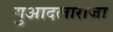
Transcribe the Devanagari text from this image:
गुआदलाराजा